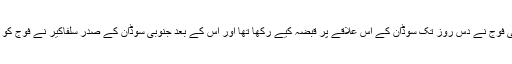
جنوبی سوڈان کی فوج نے دس روز تک سوڈان کے اس علاقے پر قبضہ کیے رکھا تھا اور اس کے بعد جنوبی سوڈان کے صدر سلفاکیر نے فوج کو واپس بلا لیا تھا۔